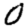
Digit: 0